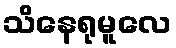
သိနေရုမူလေ